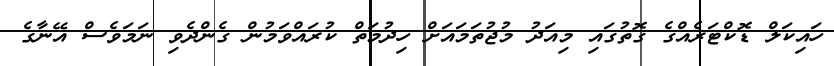
ހައިކަލް ޑޮކްޓަރެއްގެ ގޮތުގައި މިއަދު މުޖުތަމައަށް ހިދުމަތް ކުރައްވަމުން ގެންދެވި ނަމަވެސް އޭނާގެ